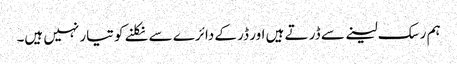
ہم رسک لینے سے ڈر تے ہیں اور ڈر کے دائرے سے نکلنے کو تیار نہیں ہیں۔